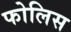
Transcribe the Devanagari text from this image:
फोलिस